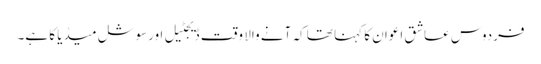
فردوس عاشق اعوان کا کہنا تھا کہ آنے والا وقت ڈیجٹیل اورسوشل میڈیا کا ہے۔